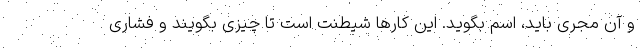
و آن مجری باید، اسم بگوید. این کارها شیطنت است تا چیزی بگویند و فشاری